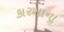
કારખાનાૢ